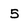
Character: 5